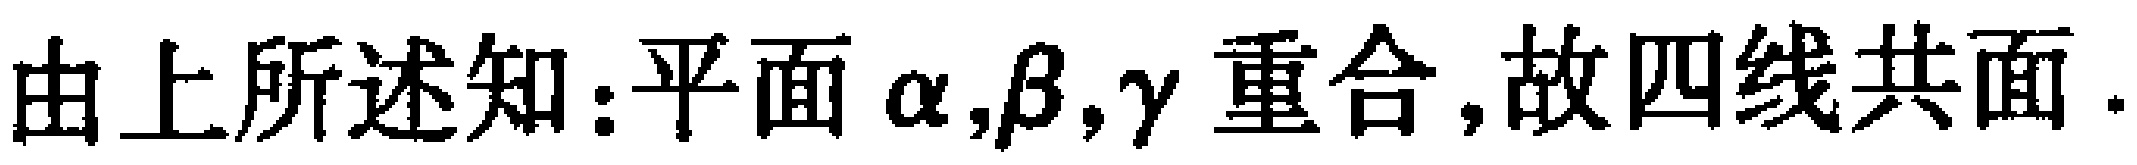
由上所述知:平面\(\alpha,\beta,\gamma\)重合,故四线共面.